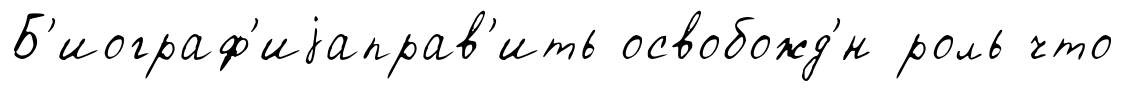
Б'иограф'иjаправ'ить освобожд'́н роль что